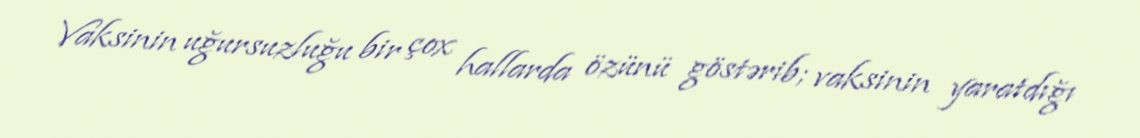
Vaksinin uğursuzluğu bir çox hallarda özünü göstərib; vaksinin yaratdığı